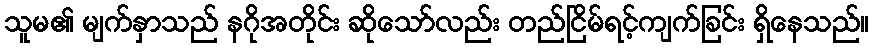
သူမ၏ မျက်နှာသည် နဂိုအတိုင်း ဆိုသော်လည်း တည်ငြိမ်ရင့်ကျက်ခြင်း ရှိနေသည်။